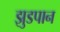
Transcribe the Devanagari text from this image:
झुडपान